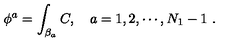
\phi ^ { a } = \int _ { \beta _ { a } } C , \quad a = 1 , 2 , \cdots , N _ { 1 } - 1 \ .